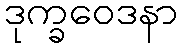
ဒုက္ခဝေဒနာ